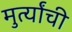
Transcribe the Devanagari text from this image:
मुर्त्यांची